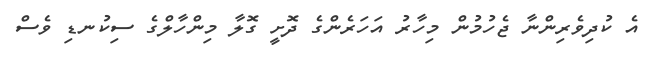
އެ ކުދިވެރިންނާ ޖެހުމުން މިހާރު އަހަރެންގެ ދޮށީ ގޮލާ މިންހާލްގެ ސިކުނޑި ވެސް